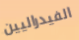
الفيدراليين